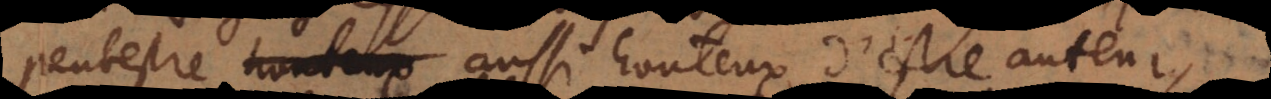
peutestre aussi honteux d’estre auteur,